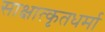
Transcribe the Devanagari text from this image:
साक्षात्कृतधर्मा